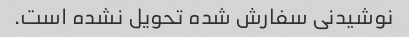
نوشیدنی سفارش شده تحویل نشده است.